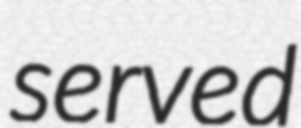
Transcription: served